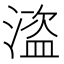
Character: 𰜽